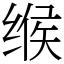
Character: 缑